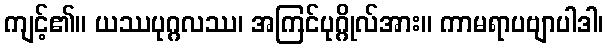
ကျင့်၏။ ယဿပုဂ္ဂလဿ၊ အကြင်ပုဂ္ဂိုလ်အား။ ကာမရာပဗျာပါဒါ၊